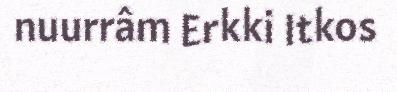
nuurrâm Erkki Itkos